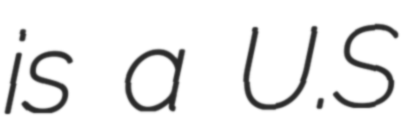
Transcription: is a U.S